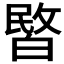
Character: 𭽞